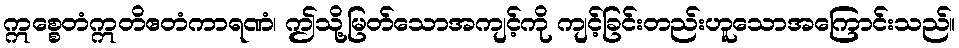
ဣစ္စေတံဣတိဧတံကာရဏံ၊ ဤသို့မြတ်သောအကျင့်ကို ကျင့်ခြင်းတည်းဟူသောအကြောင်းသည်။